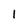
Character: 1